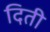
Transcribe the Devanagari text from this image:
दिती